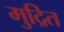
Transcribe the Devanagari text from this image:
मुद्रित